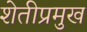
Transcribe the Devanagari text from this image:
शेतीप्रमुख